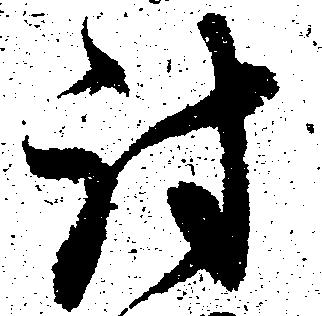
討